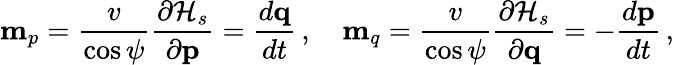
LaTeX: {\mathbf m}_{p}=\frac{v}{\cos\psi}\frac{\partial{\cal H}_{s}}{\partial{\mathbf p}}=\frac{d{\mathbf q}}{dt}\, ,\quad{\mathbf m}_{q}=\frac{v}{\cos\psi}\frac{\partial{\cal H}_{s}}{\partial{\mathbf q}}=-\frac{d{\mathbf p}}{dt}\, ,